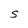
Character: s